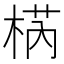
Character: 𣓃